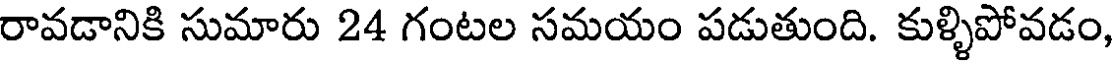
రావడానికి సుమారు 24 గంటల సమయం పడుతుంది. కుళ్ళిపోవడం,